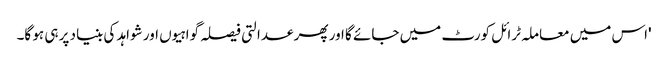
'اس میں معاملہ ٹرائل کورٹ میں جائے گا اور پھر عدالتی فیصلہ گواہیوں اور شواہد کی بنیاد پر ہی ہو گا۔